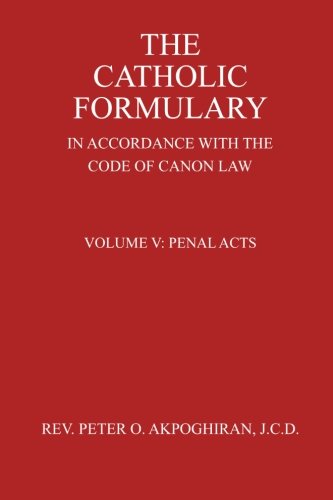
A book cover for The Catholic Formulary In Accordance with the Code of Canon Law: Volume 5: Penal Acts; Rev. Peter O. Akpoghiran J.C.D; Christian Books & Bibles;